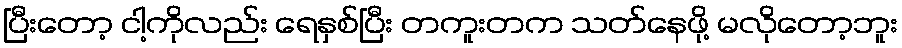
ပြီးတော့ ငါ့ကိုလည်း ရေနှစ်ပြီး တကူးတက သတ်နေဖို့ မလိုတော့ဘူး